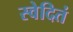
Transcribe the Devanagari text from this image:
स्वेदितं